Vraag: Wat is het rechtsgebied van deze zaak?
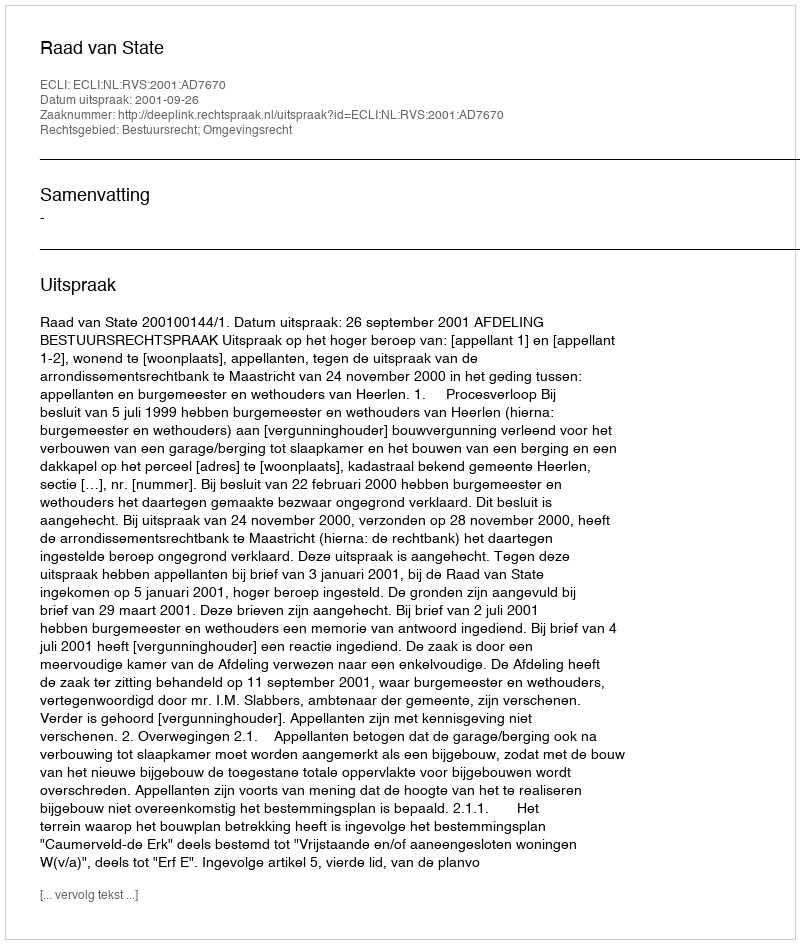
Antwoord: Bestuursrecht; Omgevingsrecht